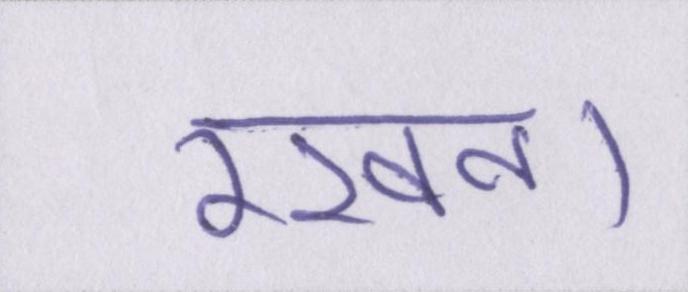
रखना